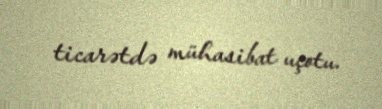
ticarətdə mühasibat uçotu.